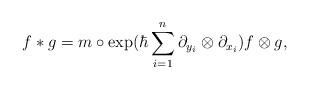
LaTeX: \begin{align*} f*g=m\circ \exp(\hbar\sum_{i=1}^n \partial_{y_i}\otimes \partial_{x_i})f\otimes g,\end{align*}